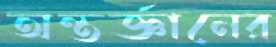
অন্তর্জ্ঞানের